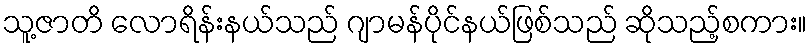
သူ့ဇာတိ လောရိန်းနယ်သည် ဂျာမန်ပိုင်နယ်ဖြစ်သည် ဆိုသည့်စကား။